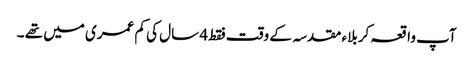
آپ واقعہ کربلاء مقدسہ کے وقت فقط 4 سال کی کم عمری میں تھے ۔